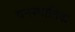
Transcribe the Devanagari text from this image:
वनस्पातिक